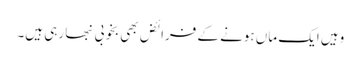
وہیں ایک ماں ہونے کے فرائض بھی بخوبی نبھا رہی ہیں۔